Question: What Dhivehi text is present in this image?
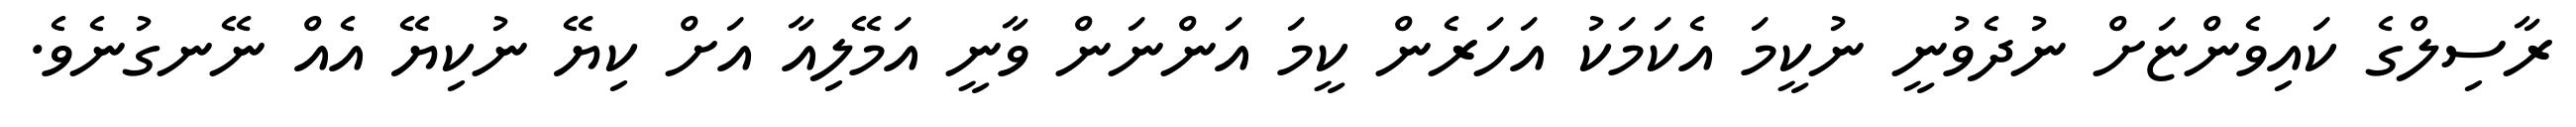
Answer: ރާސިލްގެ ކައިވެންޏަށް ނުދެވުނީ ނުކީމަ އެކަމަކު އަހަރެން ކީމަ އަންނަން ވާނީ އަމޭލިއާ އަށް ކިޔޭ ނުކިޔޭ އެއް ނޭނގުނެވެ.